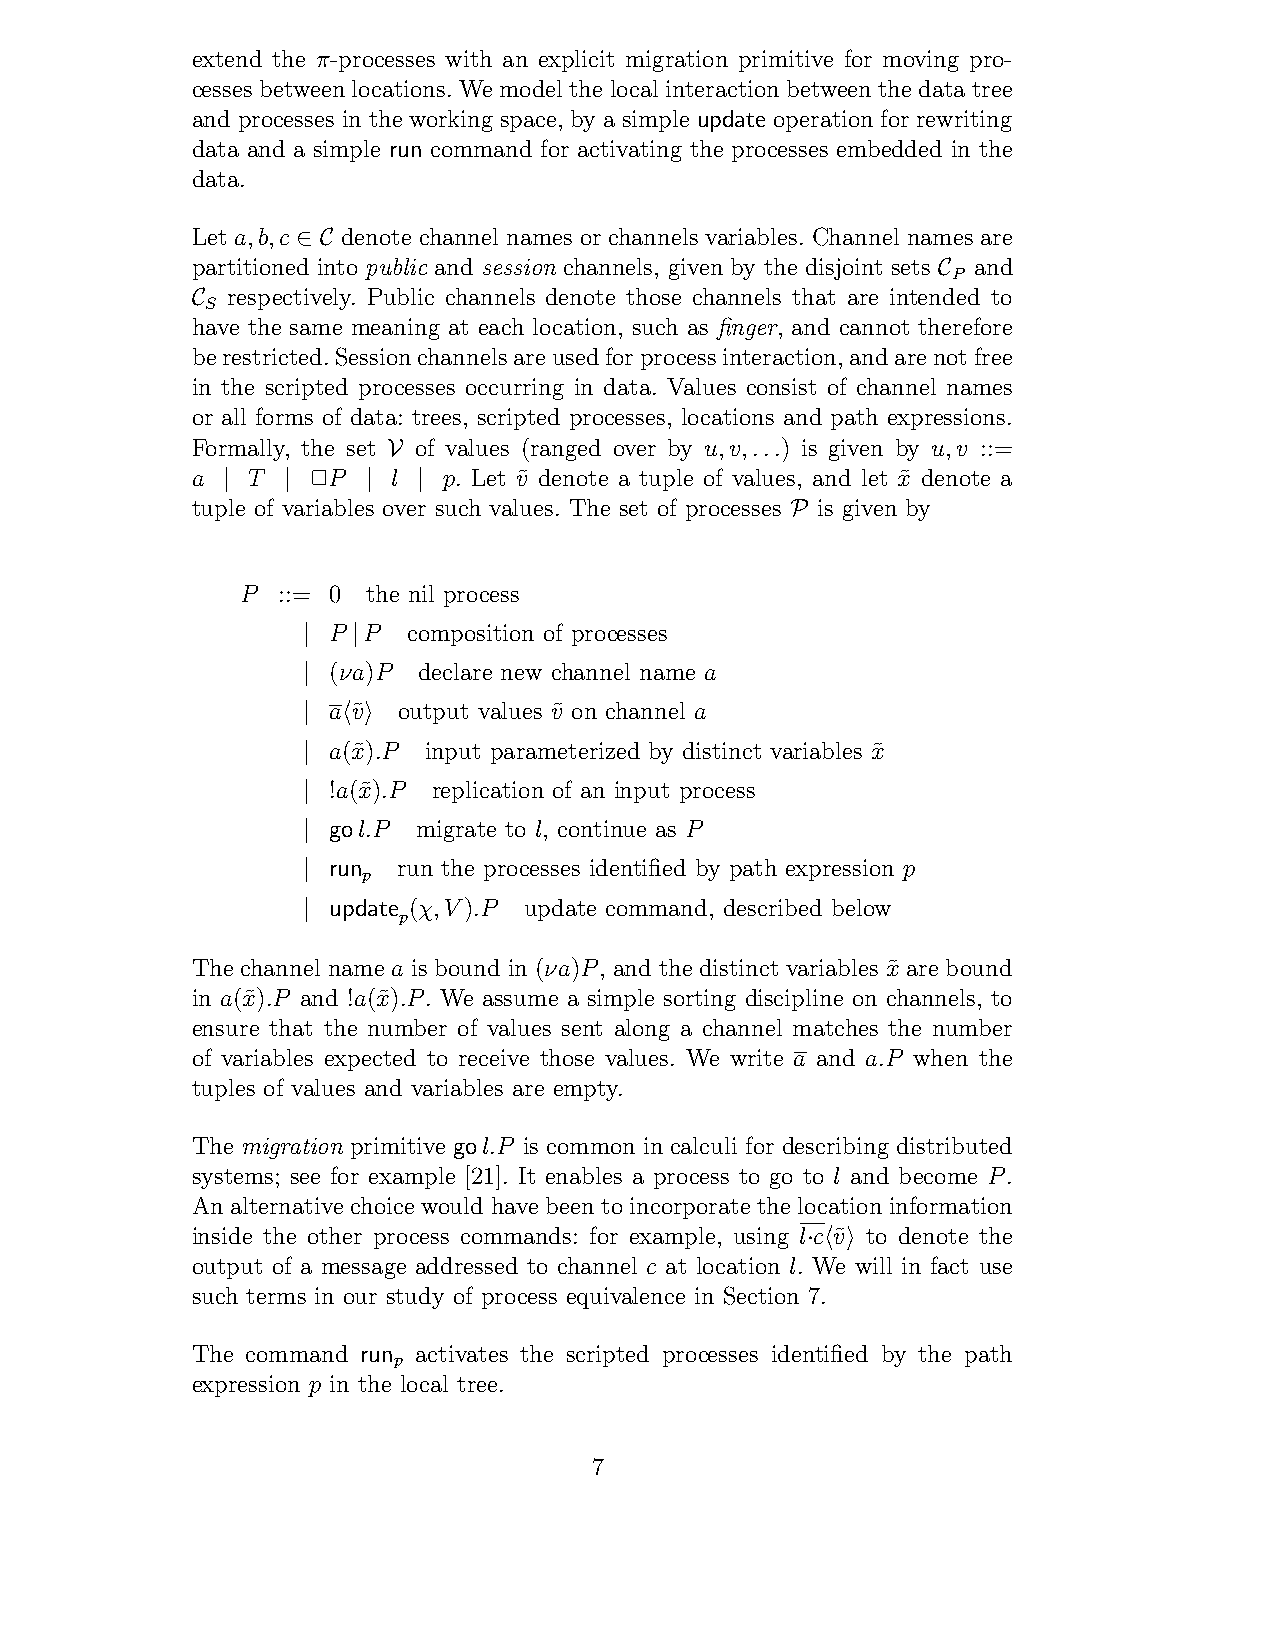
extend the π-processes with an explicit migration primitive for moving pro-
 cessesbetweenlocations.We model the local interactionbetweenthe datatree
 and processes in the working space, by a simple update operation for rewriting
 data and a simple run command for activating the processes embedded in the
 data.
 Let a,b,c denote channel names or channels variables. Channel names are
 ∈ C
 partitioned into public and session channels, given by the disjoint sets and
 P
 C
 respectively. Public channels denote those channels that are intended to
 S
 C
 have the same meaning at each location, such as finger, and cannot therefore
 berestricted.Sessionchannelsareusedforprocessinteraction,andarenotfree
 in the scripted processes occurring in data. Values consist of channel names
 or all forms of data: trees, scripted processes, locations and path expressions.
 Formally, the set of values (ranged over by u,v,...) is given by u,v ::=
 V
 a  T   !P    l  p. Let v˜ denote a tuple of values, and let x˜ denote a
 |   |    |   |
 tuple of variables over such values. The set of processes is given by
 P
 P ::= 0 the nil process
 P P  composition of processes
 |  |
 (νa)P declare new channel name a
 |
 a v˜ output values v˜ on channel a
 |  ! "
 a(x˜).P input parameterized by distinct variables x˜
 |
 !a(x˜).P replication of an input process
 |
 gol.P migrate to l, continue as P
 |
 run run the processes identified by path expression p
 p
 |
 update (χ,V).P update command, described below
 |     p
 The channel name a is bound in (νa)P, and the distinct variables x˜ are bound
 in a(x˜).P and !a(x˜).P. We assume a simple sorting discipline on channels, to
 ensure that the number of values sent along a channel matches the number
 of variables expected to receive those values. We write a and a.P when the
 tuples of values and variables are empty.
 The migration primitive gol.P is common in calculi for describing distributed
 systems; see for example [21]. It enables a process to go to l and become P.
 An alternative choice would have been to incorporate the location information
 inside the other process commands: for example, using l c v˜ to denote the
 · ! "
 output of a message addressed to channel c at location l. We will in fact use
 such terms in our study of process equivalence in Section 7.
 The command run activates the scripted processes identified by the path
 p
 expression p in the local tree.
 7